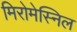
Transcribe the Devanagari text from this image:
मिरोमेस्निल